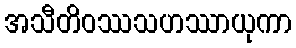
အသီတိဝဿသဟဿာယုကာ